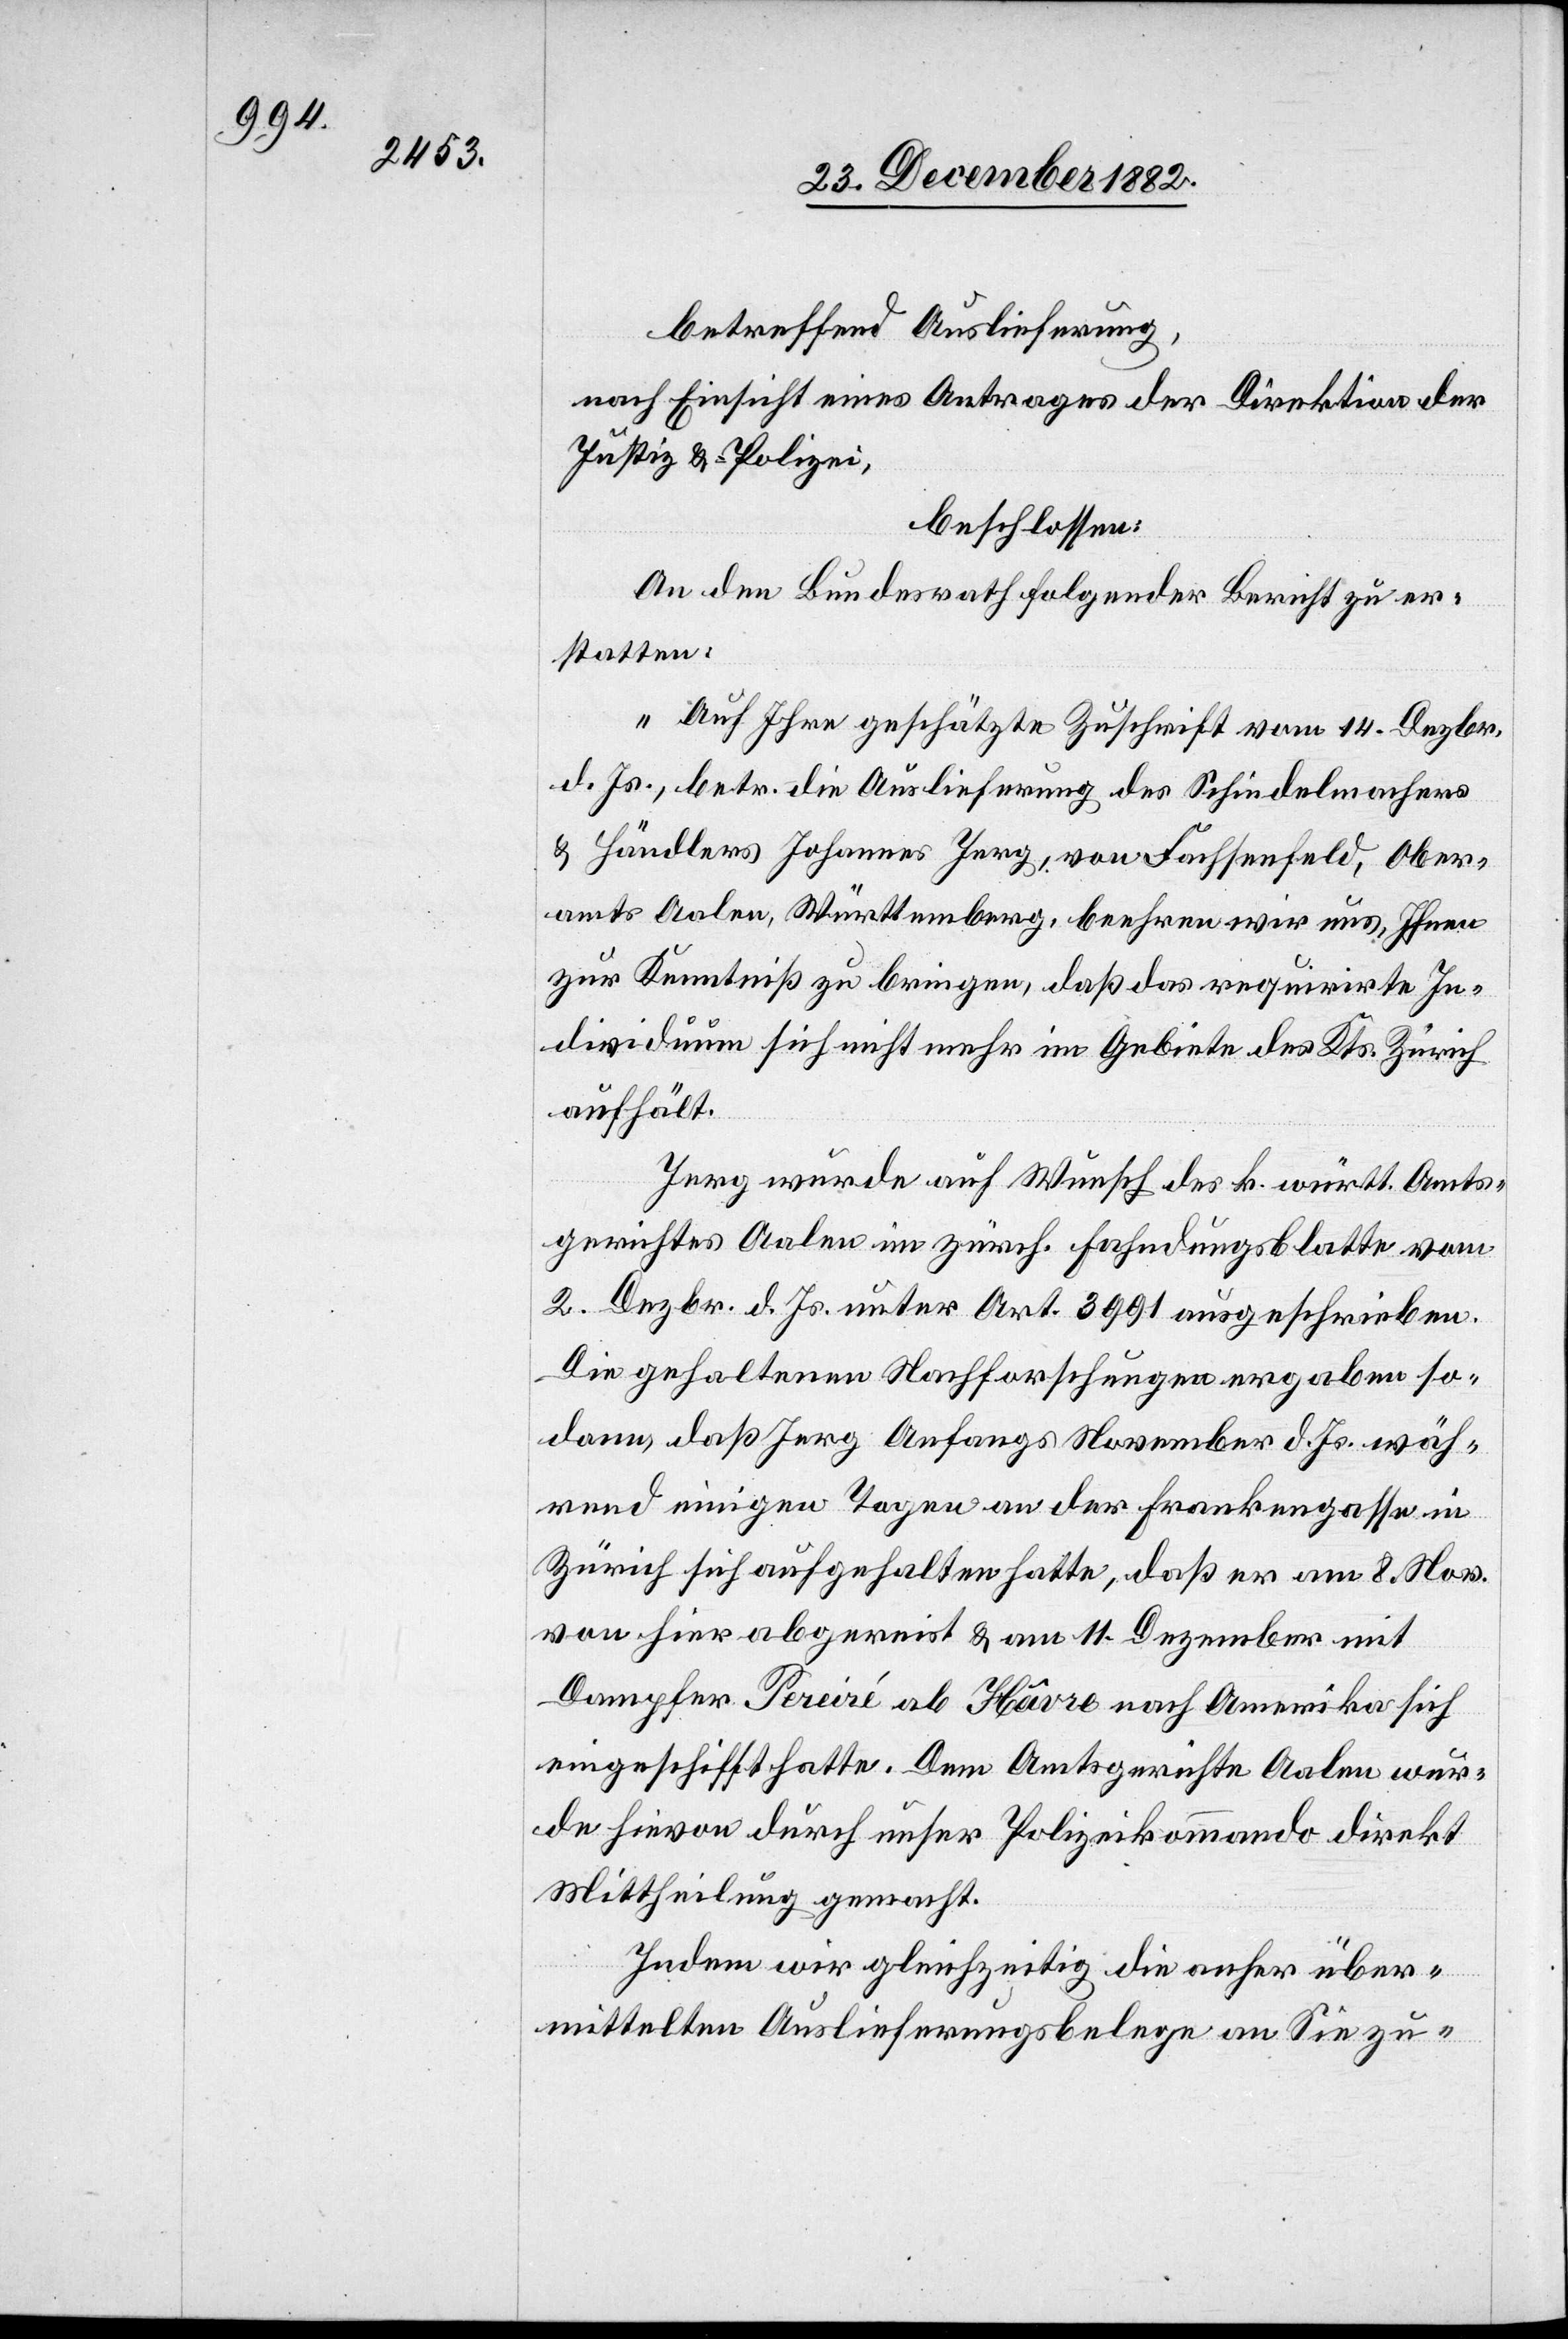
betreffend Auslieferung,
nach Einsicht eines Antrages der Direktion der
Justiz & Polizei,
beschlossen:
An den Bundesrath [ist] folgender Bericht zu er¬
statten:
„Auf Ihre geschätzte Zuschrift vom 14. Dezbr.
d. Js., betr. die Auslieferung des Schindelmachers
& Händlers Johannes Jerg, von Fachsenfeld, Ober¬
amts Aalen, Württemberg, beehren wir uns, Ihnen
zur Kenntniß zu bringen, daß das requirirte In¬
dividuum sich nicht mehr im Gebiete des Kts. Zürich
aufhält.
Jerg wurde auf Wunsch des k. württ. Amts¬
gerichtes Aalen im zürch. Fahndungsblatte vom
2. Dezbr. d. Js. unter Art. 3991 ausgeschrieben.
Die gehaltenen Nachforschungen ergaben so¬
dann, daß Jerg Anfangs November d. Js. wäh¬
rend einigen Tagen an der Frankengasse in
Zürich sich aufgehalten hatte, daß er am 8. Nov.
von hier abgereist & am 11. Dezember mit
Dampfer Pereiré ab Hâvre nach Amerika sich
eingeschifft hatte. Dem Amtsgerichte Aalen wur¬
de hievon durch unser Polizeikommando direkt
Mittheilung gemacht.
Indem wir gleichzeitig die anher über¬
mittelten Auslieferungsbelege an Sie zu-